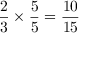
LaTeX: { \frac { 2 } { 3 } } \times { \frac { 5 } { 5 } } = { \frac { 1 0 } { 1 5 } }